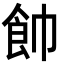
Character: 𩚍